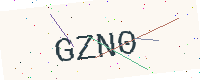
Text: GZN0